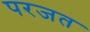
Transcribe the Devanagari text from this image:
परजत